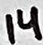
Text: 14